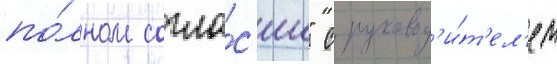
по́лном согла́с'ии" с руковод'и́т'ел'ем